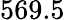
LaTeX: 569.5